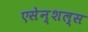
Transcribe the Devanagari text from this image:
एसेन्शल्स